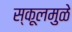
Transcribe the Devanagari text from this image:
स्कूलमुळे